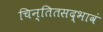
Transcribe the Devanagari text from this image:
चिन्तितसद्भावं